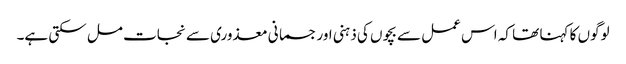
لوگوں کا کہنا تھا کہ اس عمل سے بچوں کی ذہنی اور جسمانی معذوری سے نجات مل سکتی ہے۔